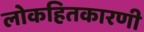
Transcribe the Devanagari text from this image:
लोकहितकारणी